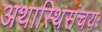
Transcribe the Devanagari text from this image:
अथास्थिसंचयः